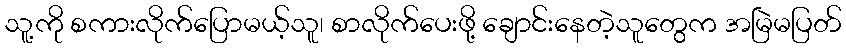
သူ့ကို စကားလိုက်ပြောမယ့်သူ၊ စာလိုက်ပေးဖို့ ချောင်းနေတဲ့သူတွေက အမြဲမပြတ်